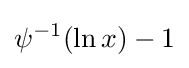
\psi ^{-1}(\ln x)-1